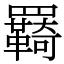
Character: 羇